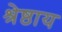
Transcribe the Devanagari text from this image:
श्रेष्ठाय